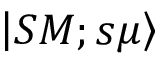
\left| S M ; s \mu \right\rangle